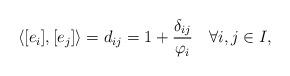
LaTeX: \begin{align*} \langle [e_i],[e_j]\rangle=d_{ij}=1+\frac{\delta_{ij}}{\varphi_i}\quad\forall i,j\in I,\end{align*}